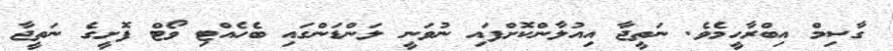
ގާސިމް އިބްރާހީމެވެ. ނަތީޖާ އިއުލާންކޮށްފައި ނުވަނީ ލަންޑަންގައި ބެހެއްޓި ވޯޓް ފޮށީގެ ނަތީޖާ